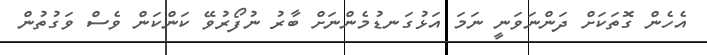
އެހެން ގޮތަކަށް ދަންނަވަނީ ނަމަ އަޅުގަނޑުމެންނަށް ބާރު ނުފޯރުވޭ ކަންކަން ވެސް ވަގުތުން